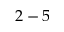
2 - 5